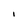
Character: I